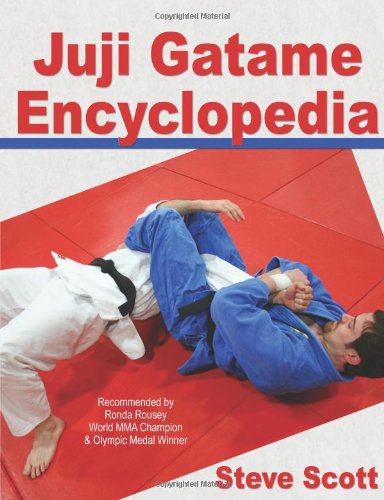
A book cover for Juji Gatame Encyclopedia; Steve Scott; Sports & Outdoors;